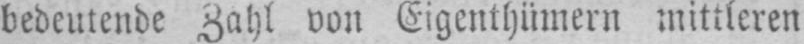
bedeutende Zahl von Eigenthümern mittleren